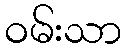
ဝမ်းသာ